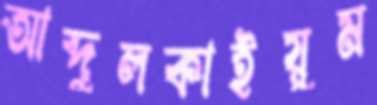
আব্দুলকাইয়ুম